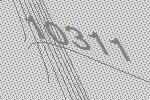
10311